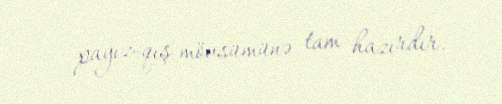
payız-qış mövsümünə tam hazırdır.